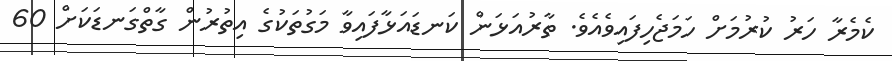
ކެމެރާ ހަރު ކުރުމަށް ހަމަޖެހިފައިވެއެވެ. ތާރުއަޅަން ކަނޑައަޅާފައިވާ މަގުތަކުގެ އިތުރުން ގާތްގަނޑަކަށް 60